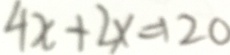
4 x + 2 x = 1 2 0